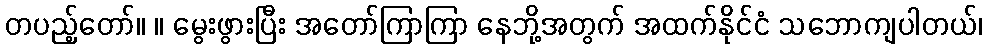
တပည့်တော်။ ။ မွေးဖွားပြီး အတော်ကြာကြာ နေဘို့အတွက် အထက်နိုင်ငံ သဘောကျပါတယ်၊